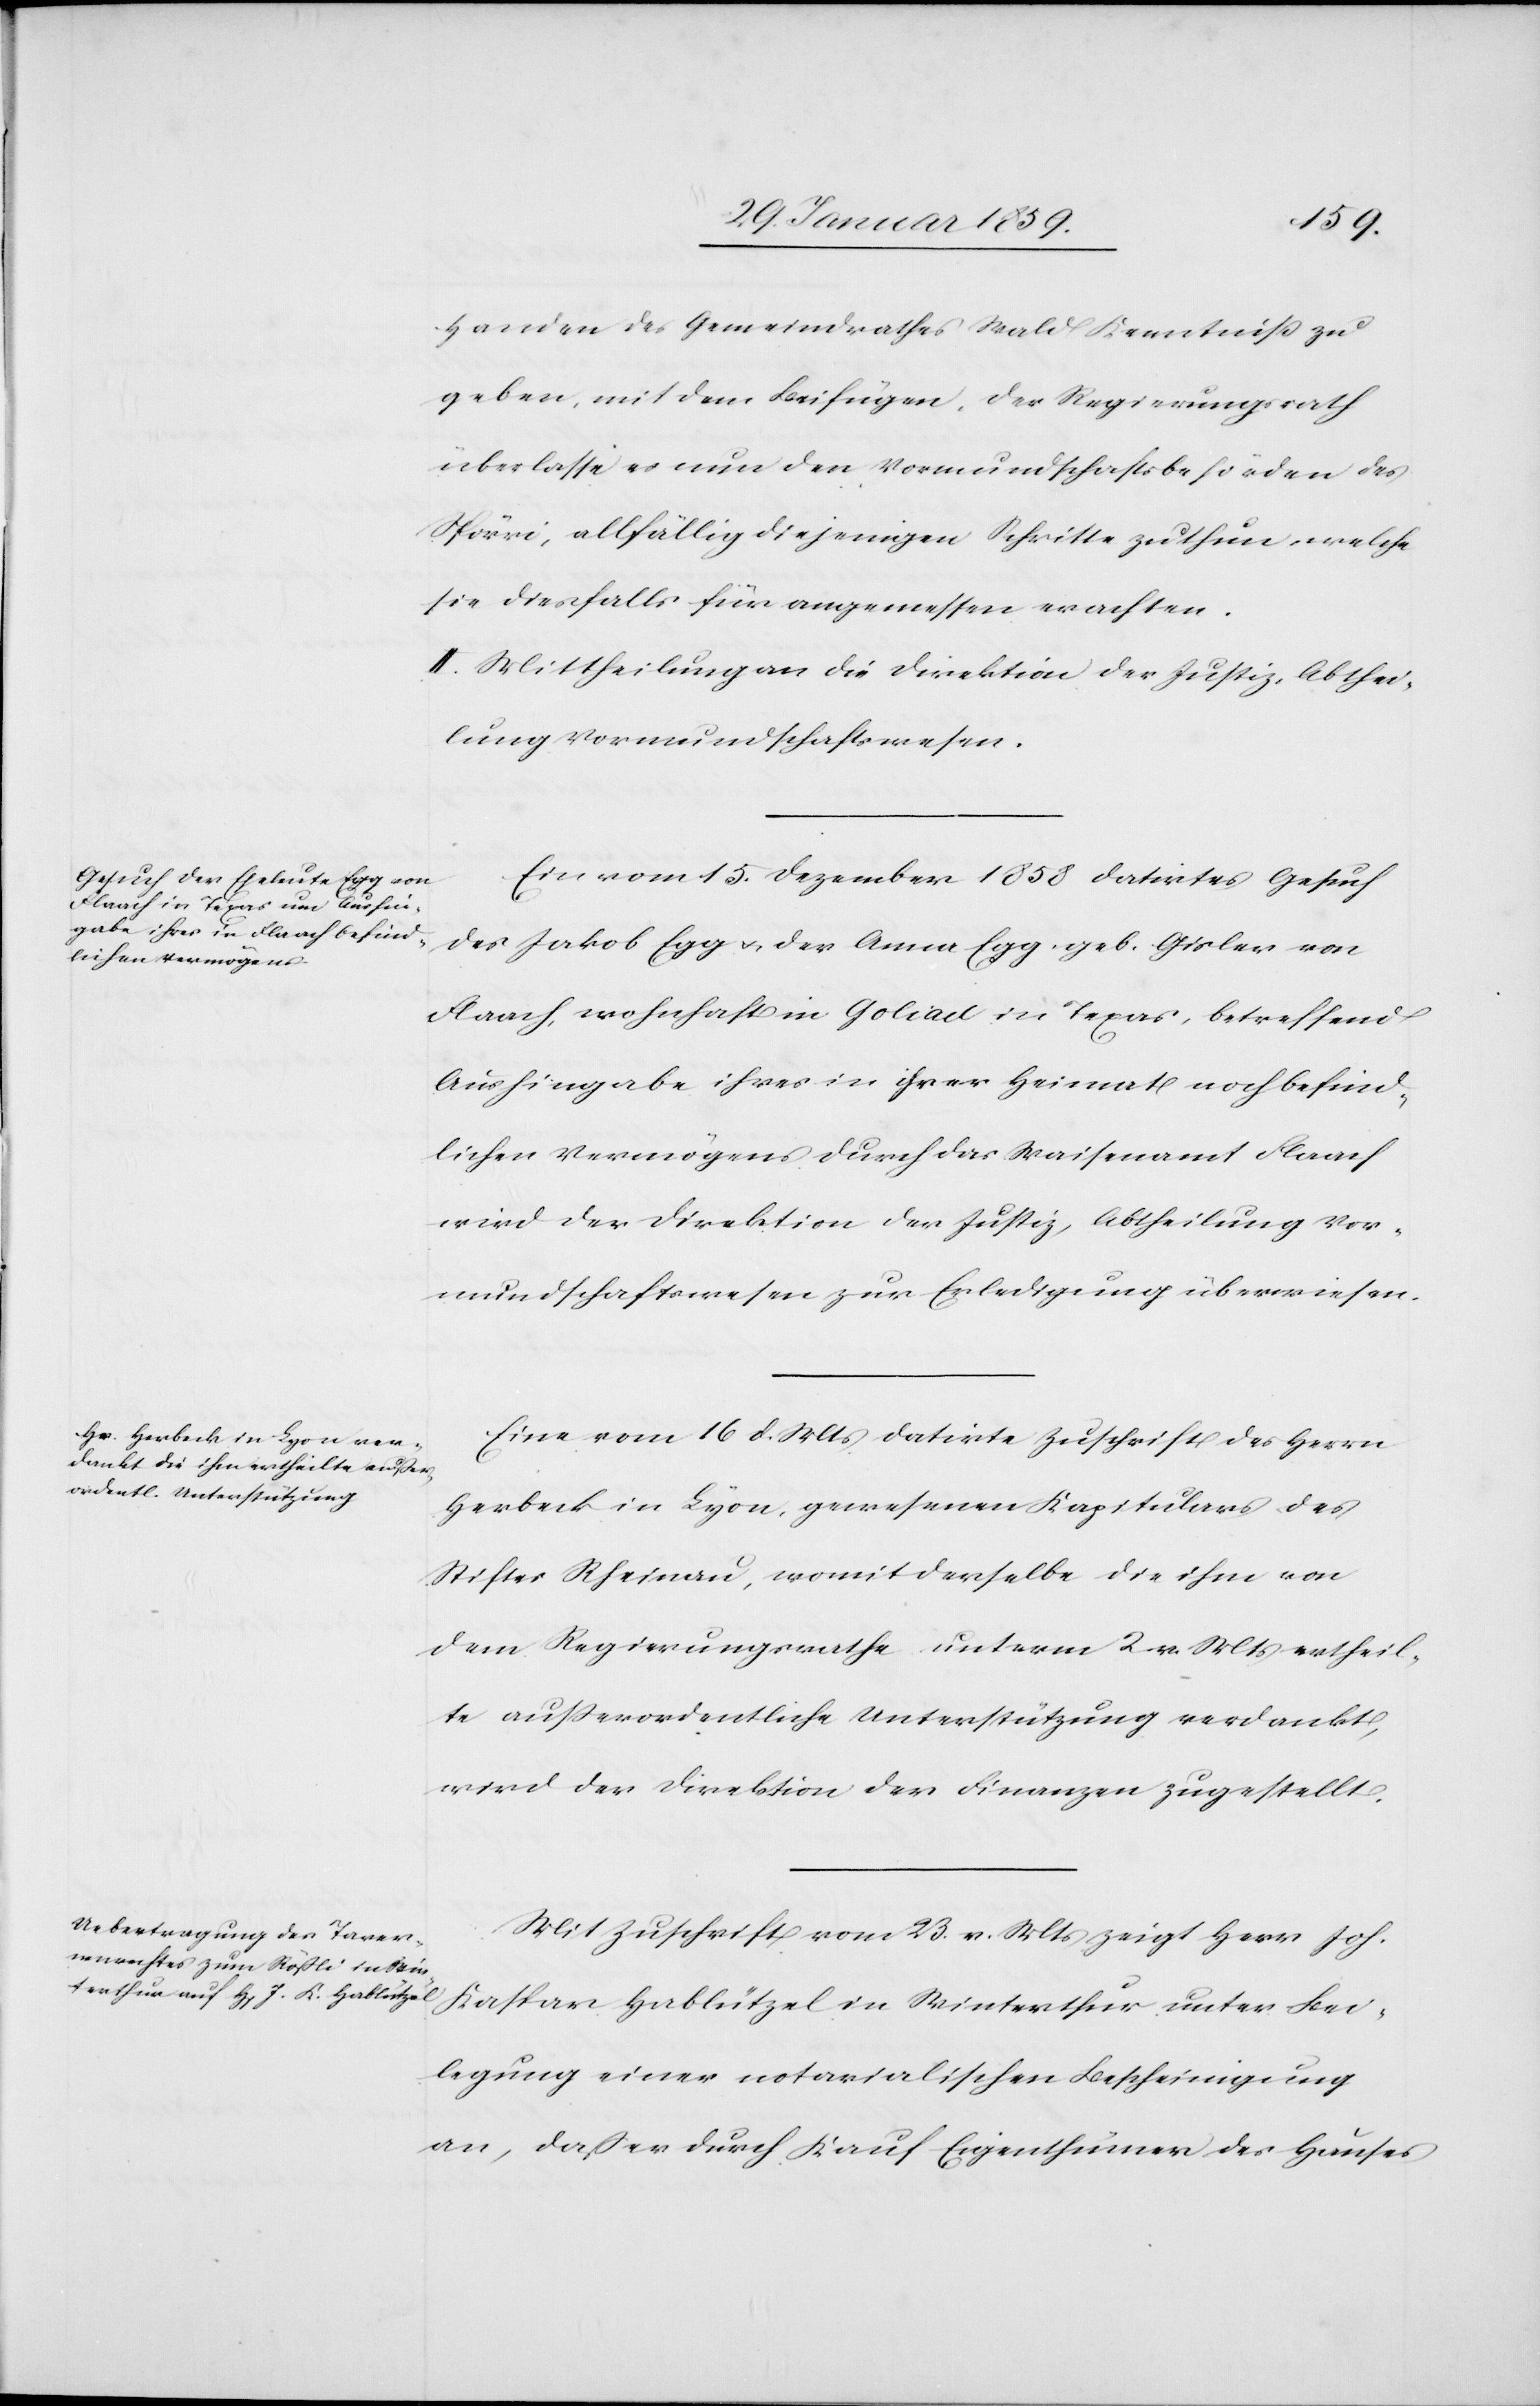
Handen des Gemeindrathes Wald Kenntniß zu
geben, mit dem Beifügen, der Regierungsrath
überlasse es nun den Vormundschaftsbehörden des
Spörri, allfällig diejenigen Schritte zu thun, welche
sie diesfalls für angemessen erachten.
II. Mittheilung an die Direktion der Justiz, Abthei¬
lung Vormundschaftswesen.
Ein vom 15. Dezember 1858 datirtes Gesuch
des Jakob Egg u. der Anna Egg, geb. Gisler von
Flaach, wohnhaft in Goliad in Texas, betreffend
Aushingabe ihres in ihrer Heimat noch befind¬
lichen Vermögens durch das Waisenamt Flaach
wird der Direktion der Justiz, Abtheilung Vor¬
mundschaftswesen zur Erledigung überwiesen.
Eine vom 16 d. Mts datirte Zuschrift des Herrn
Herbeck in Lyon, gewesenen Kapitulars des
Stiftes Rheinau, womit derselbe die ihm von
dem Regierungsrathe unterm 2. v. Mts ertheil¬
te außerordentliche Unterstützung verdankt,
wird der Direktion der Finanzen zugestellt.
Mit Zuschrift vom 23. v. Mts zeigt Herr Joh.
Kaspar Hablützel in Winterthur unter Bei¬
legung einer notarialischen Bescheinigung
an, daß er durch Kauf Eigenthümer des Hauses